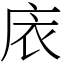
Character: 庡